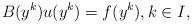
LaTeX: \begin{align*}B(y^k) u(y^k)= f(y^k), k\in I, \end{align*}